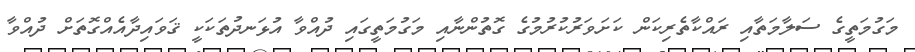
މަގުމަތީގެ ސަލާމަތާއި ރައްކާތެރިކަން ކަށަވަރުކުރުމުގެ ގޮތުންނާއި މަގުމަތީގައި ދުއްވާ އުޅަނދުތަކަކީ ޤަވައިދާއެއްގޮތަށް ދުއްވާ